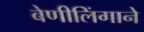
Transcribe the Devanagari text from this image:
बेणीलिंगाने